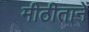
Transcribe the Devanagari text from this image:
मीठीतानें